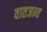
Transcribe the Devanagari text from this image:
वातजन्य